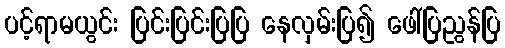
ပင့်ရာမယွင်း ပြင်းပြင်းပြပြ နေလှမ်းပြ၍ ဖေါ်ပြညွန်ပြ